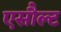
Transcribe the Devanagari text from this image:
एसौल्ट